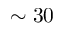
\sim 3 0